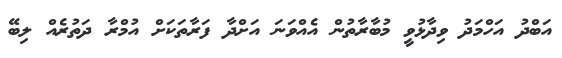
އަބްދު އަހްމަދު ވިދާޅުވީ މުބާރާތުން އެއްވަނަ އަށްދާ ފަރާތަކަށް އުމްރާ ދަތުރެއް ލިބޭ